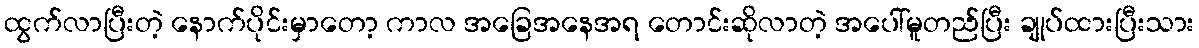
ထွက်လာပြီးတဲ့ နောက်ပိုင်းမှာတော့ ကာလ အခြေအနေအရ တောင်းဆိုလာတဲ့ အပေါ်မူတည်ပြီး ချုပ်ထားပြီးသား